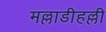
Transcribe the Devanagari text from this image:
मल्लाडीहल्ली